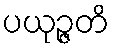
ပယုဉ္ဇတိ